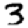
Digit: 3